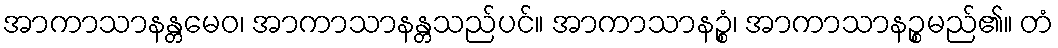
အာကာသာနန္တမေဝ၊ အာကာသာနန္တသည်ပင်။ အာကာသာနဉ္စံ၊ အာကာသာနဉ္စမည်၏။ တံ